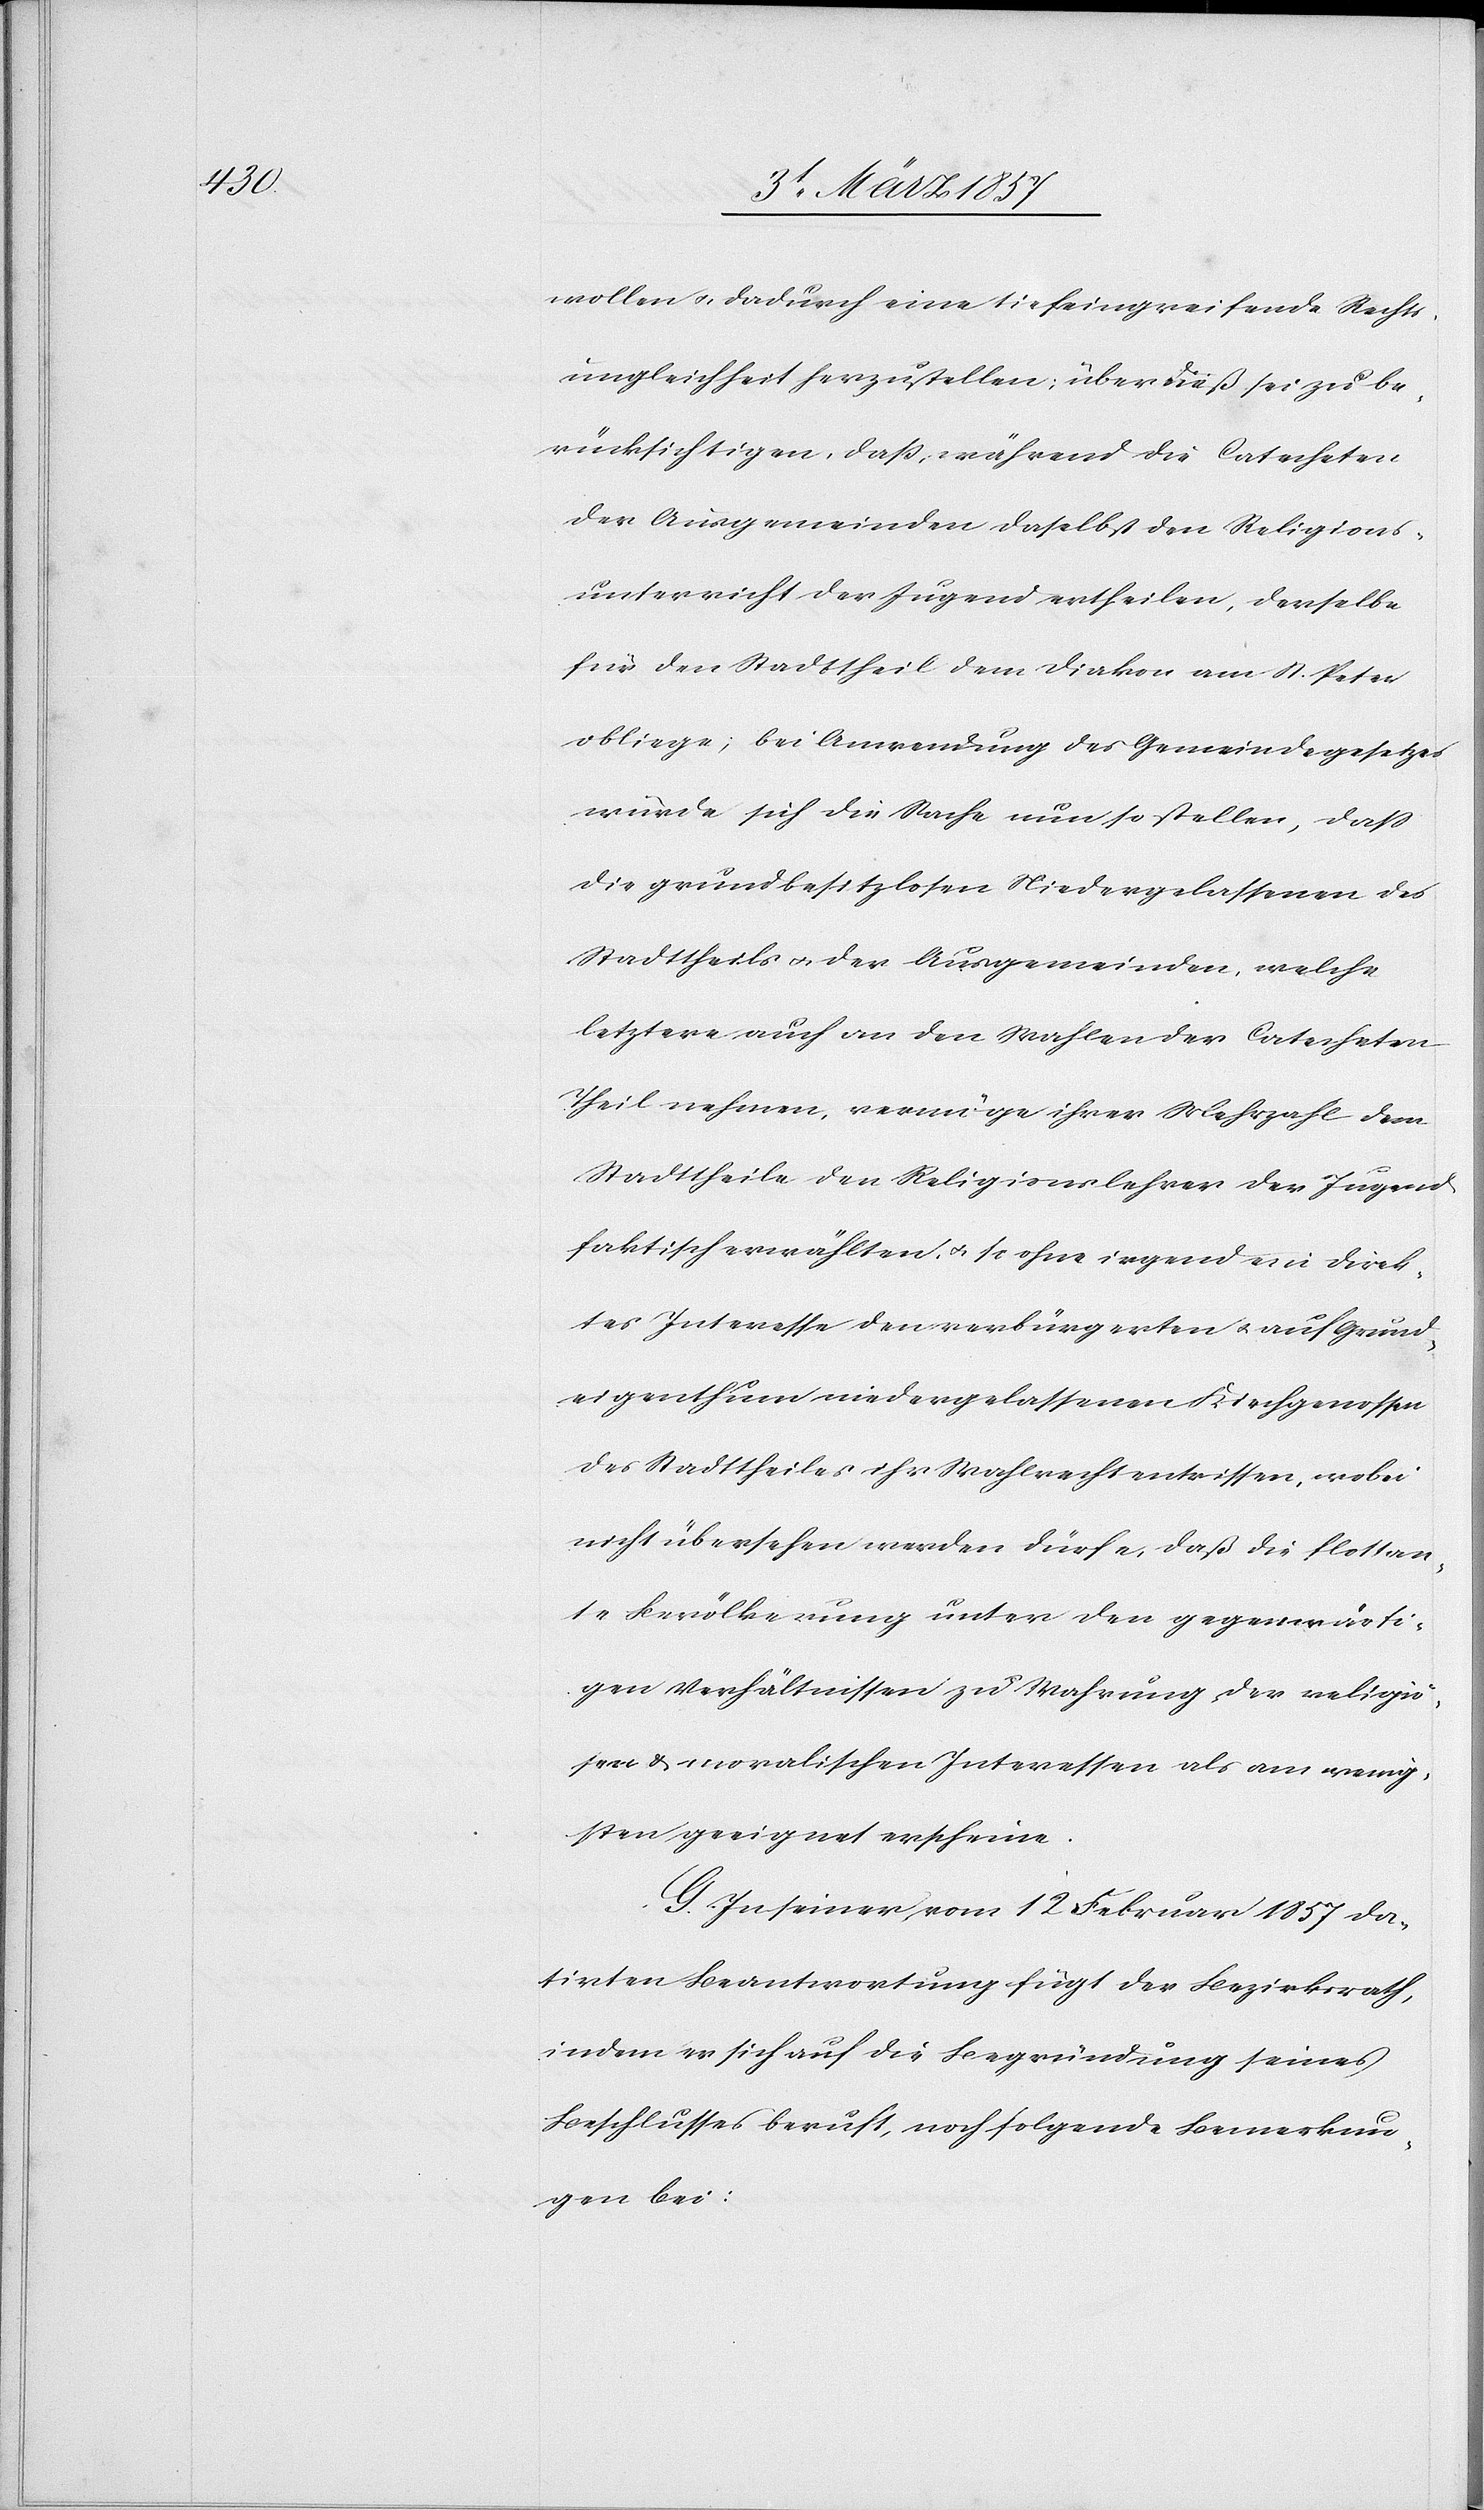
wollen u., dadurch eine tiefeingreifende Rechts¬
ungleichheit herzustellen; über dieß sei zu be¬
rücksichtigen, daß, während die Catecheten
der Ausgemeinden daselbst den Religions¬
unterricht der Jugend ertheilen, derselbe
für den Stadttheil dem Diakon am St. Peter
obliege; bei Anwendung des Gemeindegesetzes
würde sich die Sache nun so stellen, daß
die grundbesitzlosen Niedergelassenen des
Stadttheils u. der Ausgemeinden, welche
letztere auch an den Wahlen der Catecheten
Theil nehmen, vermöge ihrer Mehrzahl dem
Stadttheile den Religionslehrer der Jugend
faktisch erwählten, u. so ohne irgend ein direk¬
tes Interesse den verbürgerten u. auf Grund¬
eigenthum niedergelassenen Kirchgenossen
des Stadttheiles ihr Wahlrecht entrissen, wobei
nicht übersehen werden dürfe, daß die flottan¬
te Bevölkerung unter den gegenwärti¬
gen Verhältnissen zu Wahrung der religiö¬
sen & moralischen Interessen als am wenig¬
sten geeignet erscheine.
G. In seiner vom 12 Februar 1857 da¬
tirten Beantwortung fügt der Bezirksrath,
indem er sich auf die Begründung seines
Beschlusses beruft, noch folgende Bemerkun¬
gen bei: